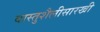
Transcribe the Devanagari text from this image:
वास्तुशैलीसारखी